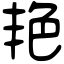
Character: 艳